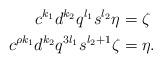
LaTeX: \begin{align*}c^{k_1} d^{k_2} q^{l_1} s^{l_2} \eta &= \zeta \\c^{\rho k_1} d^{k_2} q^{3 l_1} s^{l_2 + 1} \zeta&= \eta.\end{align*}